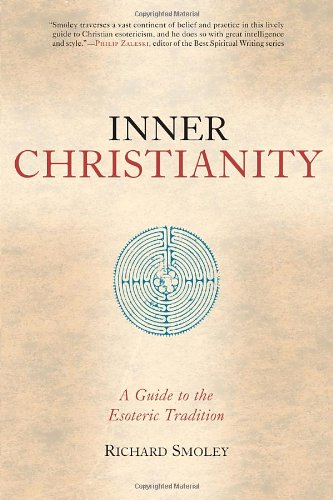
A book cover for Inner Christianity: A Guide to the Esoteric Tradition; Richard Smoley; Christian Books & Bibles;